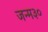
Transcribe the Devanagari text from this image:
जन्म३०